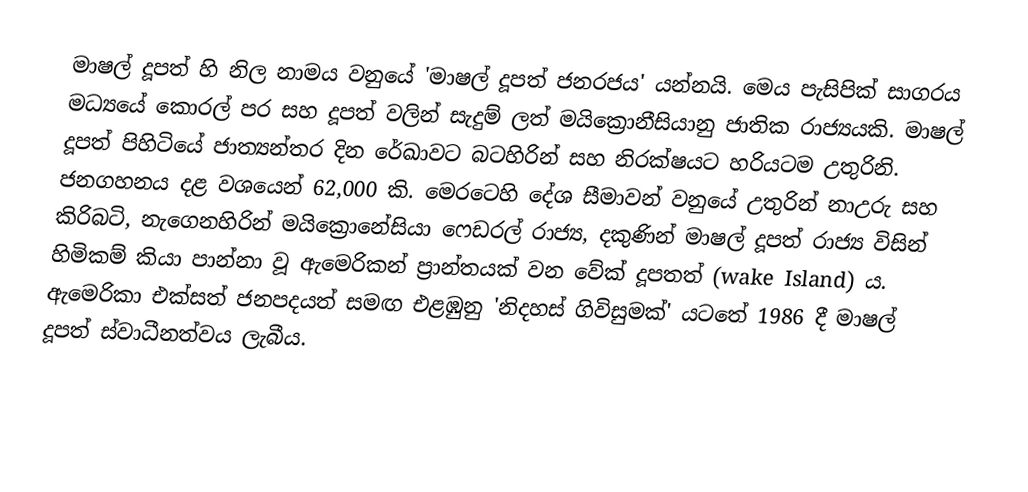
මාෂල් දූපත් හි නිල නාමය වනුයේ 'මාෂල් දූපත් ජනරජය' යන්නයි. මෙය පැසිපික් සාගරය මධ්‍යයේ කොරල් පර සහ දූපත් වලින් සැදුම් ලත් මයික්‍රොනීසියානු ජාතික රාජ්‍යයකි. මාෂල් දූපත් පිහිටියේ ජාත්‍යන්තර දින රේඛාව‍ට බටහිරින් සහ නිරක්ෂයට හරියටම උතුරිනි. ජනගහනය දළ වශයෙන් 62,000 කි. මෙ‍රටෙහි දේශ සීමාවන් වනුයේ උතුරින් නාඋරු සහ කිරිබටි, නැගෙනහිරින් මයික්‍රොනේසියා ෆෙඩරල් රාජ්‍ය, දකුණින් මාෂල් දූපත් රාජ්‍ය විසින් හිමිකම් කියා පාන්නා වූ ඇමෙරිකන් ප්‍රාන්තයක් වන වේක් දූපතත් (wake Island) ය. ඇමෙරිකා එක්සත් ජනපදයත් සමඟ එළඹුනු 'නිදහස් ගිවිසුමක්' යටතේ 1986 දී මාෂල් දූපත් ස්වාධීනත්වය ලැබීය.